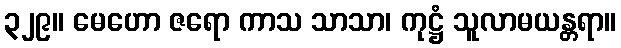
၃၂၉။ မေဟော ဇရော ကာသ သာသာ၊ ကုဋ္ဌံ သူလာမယန္တရာ။